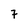
Character: 7